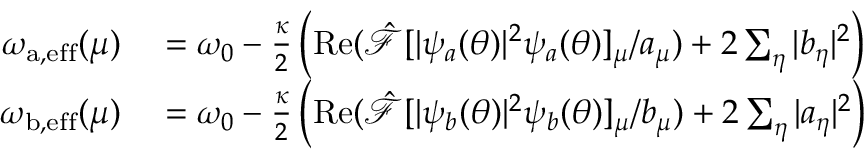
\begin{array} { r l } { \omega _ { \mathrm { a , e f f } } ( \mu ) } & { { } = \omega _ { 0 } - \frac { \kappa } { 2 } \left( \operatorname { R e } ( \hat { \mathcal { F } } [ | \psi _ { a } ( \theta ) | ^ { 2 } \psi _ { a } ( \theta ) ] _ { \mu } / a _ { \mu } ) + 2 \sum _ { \eta } | b _ { \eta } | ^ { 2 } \right) } \\ { \omega _ { \mathrm { b , e f f } } ( \mu ) } & { { } = \omega _ { 0 } - \frac { \kappa } { 2 } \left( \operatorname { R e } ( \hat { \mathcal { F } } [ | \psi _ { b } ( \theta ) | ^ { 2 } \psi _ { b } ( \theta ) ] _ { \mu } / b _ { \mu } ) + 2 \sum _ { \eta } | a _ { \eta } | ^ { 2 } \right) } \end{array}